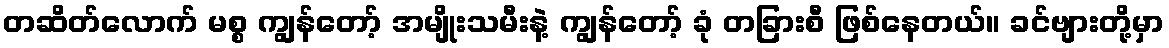
တဆိတ်လောက် မစ္စ ကျွန်တော့် အမျိုးသမီးနဲ့ ကျွန်တော့် ခုံ တခြားစီ ဖြစ်နေတယ်။ ခင်ဗျားတို့မှာ